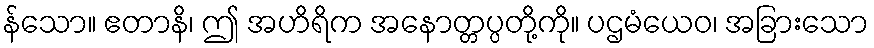
န်သော။ ဧတာနိ၊ ဤ အဟိရိက အနောတ္တပ္ပတို့ကို။ ပဌမံယေဝ၊ အခြားသော